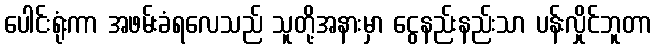
ပေါင်းရုံးကာ အဖမ်းခံရလေသည် သူတို့အနားမှာ ငွေနည်းနည်းသာ ပန်းလှိုင်ဘူတာ